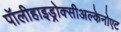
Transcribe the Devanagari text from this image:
पॉलीहाइड्रोक्सीअल्केनोएट